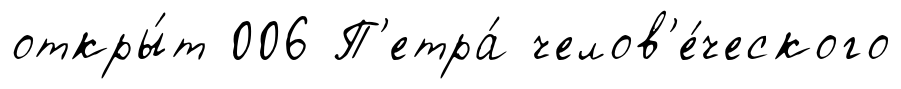
откры́т 006 П'етра́ челов'е́ческого